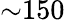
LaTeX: \mathord{\sim}150